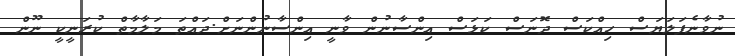
ނުވާނެފަލަޔަސް ހިއްކަސް ދޮނަސް ކަޅަސް އިންސާނުން ވާނީ އިންސާނުންނަށް.ދައްތަ މަލާމާތް ކުރަނީކީ ނޫން